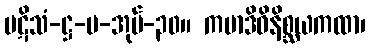
ပဋိသံ-ဋ္ဌ-ပ-အုပ်-၃၀။ ကမာဒိဝိနိစ္ဆယကထာ၊